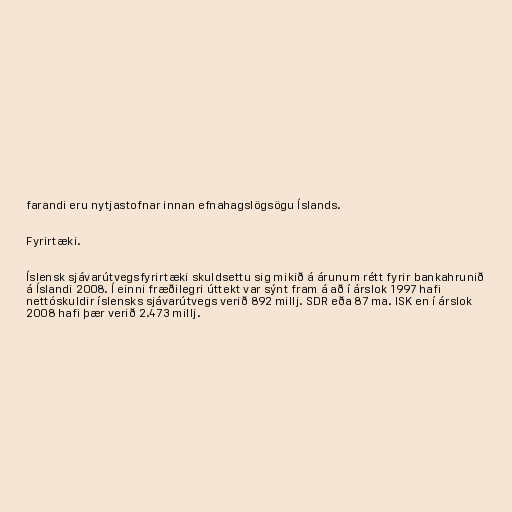
farandi eru nytjastofnar innan efnahagslögsögu Íslands.

Fyrirtæki.

Íslensk sjávarútvegsfyrirtæki skuldsettu sig mikið á árunum rétt fyrir bankahrunið
á Íslandi 2008. Í einni fræðilegri úttekt var sýnt fram á að í árslok 1997 hafi
nettóskuldir íslensks sjávarútvegs verið 892 millj. SDR eða 87 ma. ISK en í árslok
2008 hafi þær verið 2.473 millj.